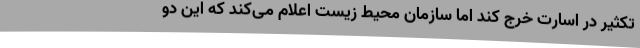
تکثیر در اسارت خرج کند اما سازمان محیط زیست اعلام می‌کند که این دو